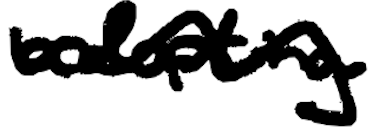
Text: adopting
Cross-out: wave
Writing tool: digital_black